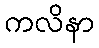
ကလိနာ